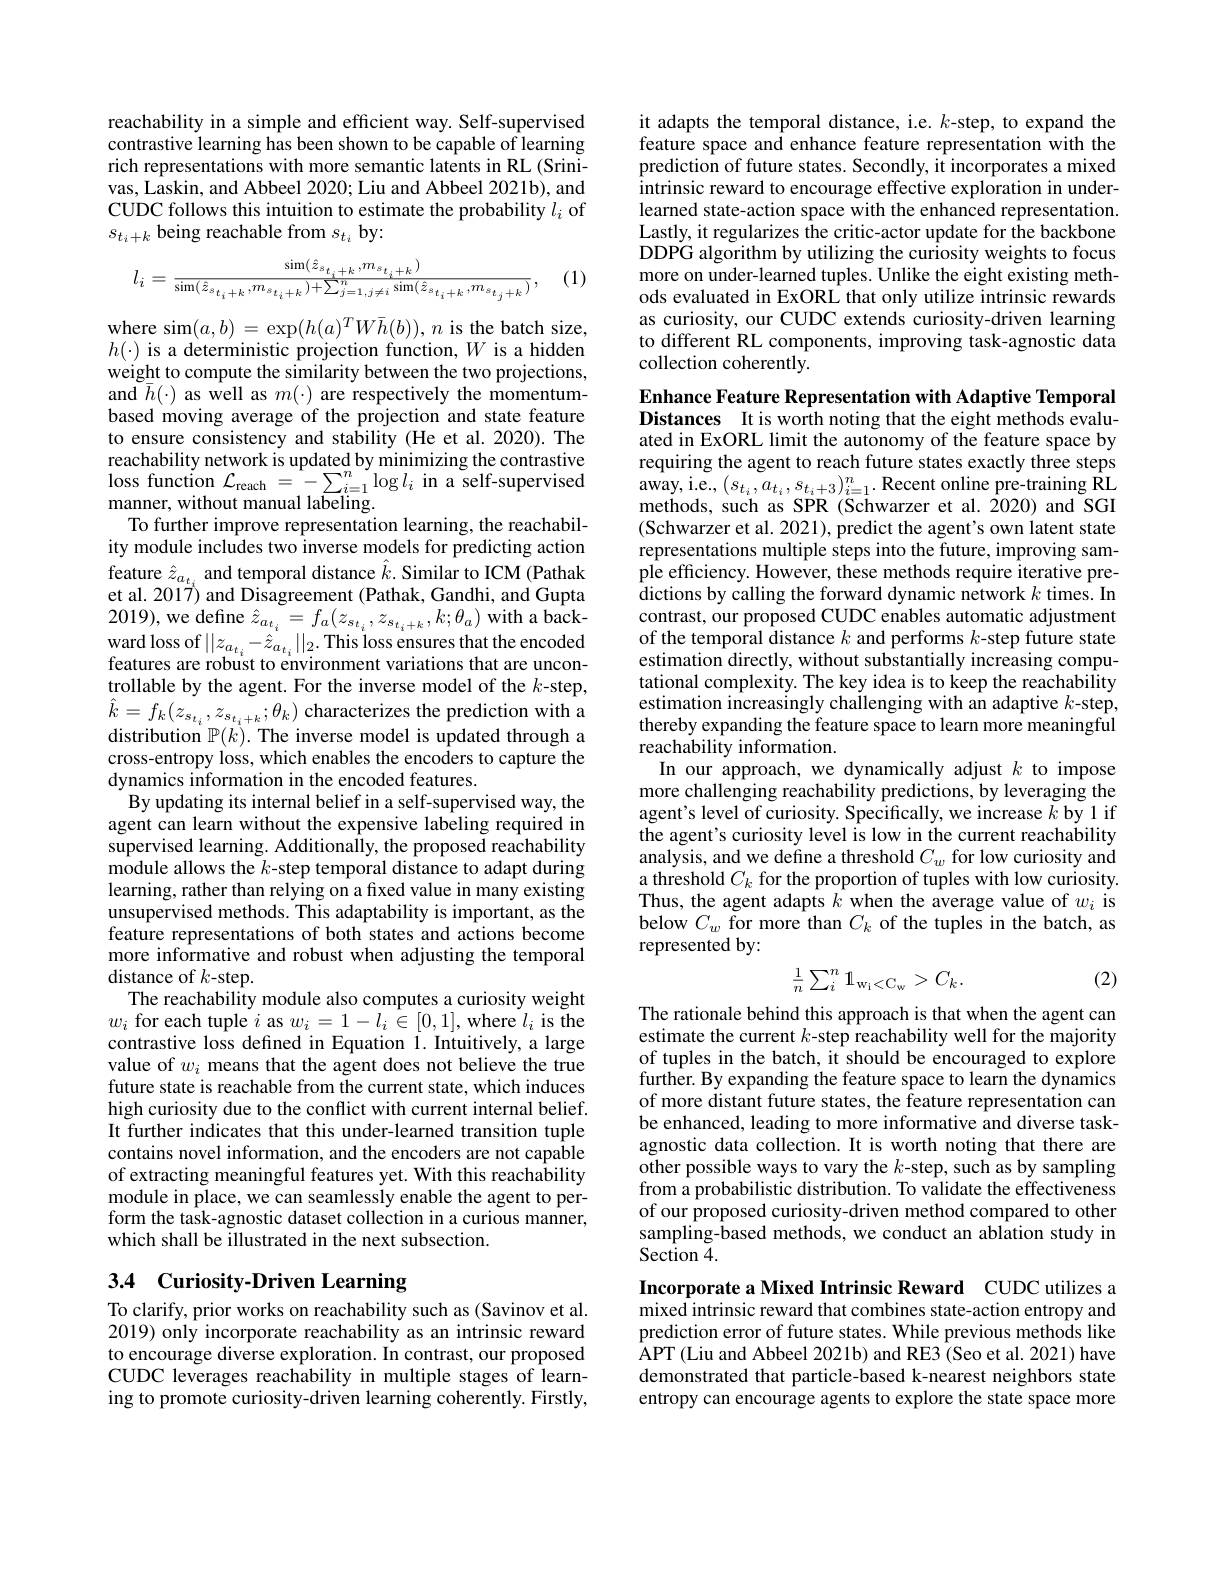
reachability in a simple and efficient way. Self-supervised contrastive learning has been shown to be capable of learning rich representations with more semantic latents in RL (Srinivas, Laskin, and Abbeel 2020; Liu and Abbeel 2021b), and CUDC follows this intuition to estimate the probability $l_i$ of $s_{t_i+k}$ being reachable from $s_t_i$ by:
$$l_{i}=\frac{\sin(\hat{z}_{s_{t_{i}+k}},m_{s_{t_{i}+k}})}{\sin(\hat{z}_{s_{t_{i}+k}},m_{s_{t_{i}+k}})+\sum_{j=1,j\neq i}^{n}\sin(\hat{z}_{s_{t_{i}+k}},m_{s_{t_{j}+k}})},$$
(1)

where sim$(a,b)=\exp(h(a)^TW\bar{h}(b)),n$ is the batch size, $h(\cdot)$ is a deterministic projection function, $W$ is a hidden weight to compute the similarity between the two projections, and $\bar{\bar{h}}(\cdot)$ as well as $m(\cdot)$ are respectively the momentumbased moving average of the projection and state feature to ensure consistency and stability (He et al.2020). The reachability network is updated by minimizing the contrastive $\begin{array}{l}{\mathrm{loss~function~}\mathcal{L}_{\mathrm{reach~}}=-\sum_{i=1}^{n}\log l_{i}\text{ in a self-supervised}}\\{\mathrm{manner,~without~manual~labeling.}}\end{array}$
To further improve representation learning, the reachability module includes two inverse models for predicting action feature $\hat{z}_{a_{t_i}}$ and temporal distance $\hat{k}.$ Similar to ICM (Pathak et al. 2017) and Disagreement (Pathak, Gandhi, and Gupta 2019),we define $\hat{z}_{a_{t_{i}}}=f_{a}(z_{s_{t_{i}}},z_{s_{t_{i}+k}},k;\theta_{a})$ with a back- $\begin{array}{l}{\mathrm{ward~loss~of~}||z_{a_{t_{i}}}-\hat{z}_{a_{t_{i}}}||_{2}.\mathrm{This~loss~ensures~that~the~encoded}}\\{\mathrm{features~are~robust~to~environment~variations~that~are~uncon-}}\end{array}$ trollable by the agent. For the inverse model of the $k$-step, $\hat{k}=f_{k}(z_{s_{t_{i}}},z_{s_{t_{i}+k}};\theta_{k})$ characterizes the prediction with a distribution $\mathbb{P}(k).$ The inverse model is updated through a cross-entropy loss, which enables the encoders to capture the dynamics information in the encoded features.
By updating its internal belief in a self-supervised way, the agent can learn without the expensive labeling required in supervised learning. Additionally, the proposed reachability module allows the $k$-step temporal distance to adapt during learning, rather than relying on a fixed value in many existing unsupervised methods. This adaptability is important, as the feature representations of both states and actions become more informative and robust when adjusting the temporal distance of $k$-step.
The reachability module also computes a curiosity weight $w_i$ for each tuple $i$ as $w_i=1-l_i\in[0,1]$, where $l_i$ is the contrastive loss defined in Equation 1. Intuitively, a large value of $w_i$ means that the agent does not believe the true future state is reachable from the current state, which induces high curiosity due to the conflict with current internal belief. It further indicates that this under-learned transition tuple contains novel information, and the encoders are not capable of extracting meaningful features yet. With this reachability module in place, we can seamlessly enable the agent to perform the task-agnostic dataset collection in a curious manner, which shall be illustrated in the next subsection.

## 3.4 Curiosity-Driven Learning

To clarify, prior works on reachability such as (Savinov et al. 2019) only incorporate reachability as an intrinsic reward to encourage diverse exploration. In contrast, our proposed CUDC leverages reachability in multiple stages of learning to promote curiosity-driven learning coherently. Firstly,

it adapts the temporal distance, i.e. $k$-step, to expand the feature space and enhance feature representation with the prediction of future states. Secondly, it incorporates a mixed intrinsic reward to encourage effective exploration in underlearned state-action space with the enhanced representation. Lastly, it regularizes the critic-actor update for the backbone DDPG algorithm by utilizing the curiosity weights to focus more on under-learned tuples. Unlike the eight existing methods evaluated in ExORL that only utilize intrinsic rewards as curiosity, our CUDC extends curiosity-driven learning to different RL components, improving task-agnostic data collection coherently.

Enhance Feature Representation with Adaptive Temporal Distances It is worth noting that the eight methods evaluated in ExORL limit the autonomy of the feature space by requiring the agent to reach future states exactly three steps $\begin{array}{l}{\mathrm{away,i.e.,~}(s_{t_{i}},a_{t_{i}},s_{t_{i}+3})_{i=1}^{n}.\text{Recent online pre-training RL}}\\{\mathrm{methods,~such~as~SPR~(Schwarzer~et~al.~2020)~and~SGI}}\end{array}$ (Schwarzer et al. 2021), predict the agent's own latent state representations multiple steps into the future, improving sample efficiency. However, these methods require iterative pre- $\hat{\text{dictions by calling the forward dynamic network }k}$ times. In contrast, our proposed CUDC enables automatic adjustment of the temporal distance $k$ and performs $k$-step future state estimation directly, without substantially increasing computational complexity. The key idea is to keep the reachability estimation increasingly challenging with an adaptive $k$-step, thereby expanding the feature space to learn more meaningful reachability information.
In our approach, we dynamically adjust $k$ to impose more challenging reachability predictions, by leveraging the agent's level of curiosity. Specifically, we increase $k$ by 1 if the agent's curiosity level is low in the current reachability analysis, and we define a threshold $C_w$ for low curiosity and a threshold $C_k$ for the proportion of tuples with low curiosity. Thus, the agent adapts $k$ when the average value of $w_i$ is below $C_w$ for more than $C_k$ of the tuples in the batch, as represented by:
$$\frac{1}{n}\sum_{i}^{n}\mathbb{1}_{\mathrm{w_{i}<C_{w}}}>C_{k}.$$
(2)

The rationale behind this approach is that when the agent can estimate the current $k$-step reachability well for the majority of tuples in the batch, it should be encouraged to explore further. By expanding the feature space to learn the dynamics of more distant future states, the feature representation can be enhanced, leading to more informative and diverse taskagnostic data collection. It is worth noting that there are other possible ways to vary the $k$-step, such as by sampling from a probabilistic distribution. To validate the effectiveness of our proposed curiosity-driven method compared to other sampling-based methods, we conduct an ablation study in Section $\tilde{4}.$

Incorporate a Mixed Intrinsic Reward CUDC utilizes a mixed intrinsic reward that combines state-action entropy and prediction error of future states. While previous methods like APT (Liu and Abbeel 2021b) and RE3 (Seo et al. 2021) have demonstrated that particle-based k-nearest neighbors state entropy can encourage agents to explore the state space more